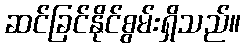
ဆင်ခြင်နိုင်စွမ်းရှိသည်။